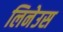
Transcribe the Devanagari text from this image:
लिनेउस